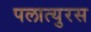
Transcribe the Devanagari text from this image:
पलात्युरस